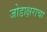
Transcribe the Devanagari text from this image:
जोडाक्षराचा